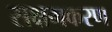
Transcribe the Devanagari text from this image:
सक्षमकरण